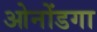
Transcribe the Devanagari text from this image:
ओनोंडगा